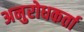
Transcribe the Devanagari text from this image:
अनुरोधकर्ता